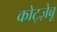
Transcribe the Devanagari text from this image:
कोट्ज़ेबू